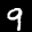
Label: 9